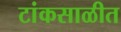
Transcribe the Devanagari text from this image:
टांकसाळीत